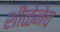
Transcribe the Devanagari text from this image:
शीळेनेच